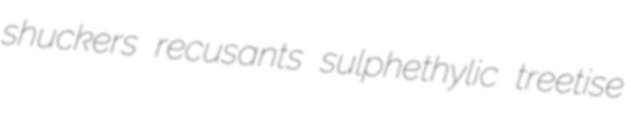
shuckers recusants sulphethylic treetise